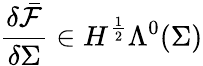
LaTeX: \frac{\delta\bar{\mathcal{F}}}{\delta\Sigma}\in H^{\frac{1}{2}}\Lambda^{0}(\Sigma)